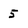
Character: 5